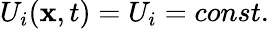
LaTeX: U_{i}(\mathbf{x},t)=U_{i}=const.